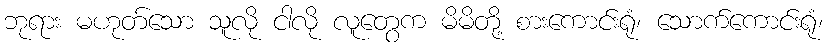
ဘုရား မဟုတ်သော သူလို ငါလို လူတွေက မိမိတို့ စားကောင်းရုံ၊ သောက်ကောင်းရုံ၊